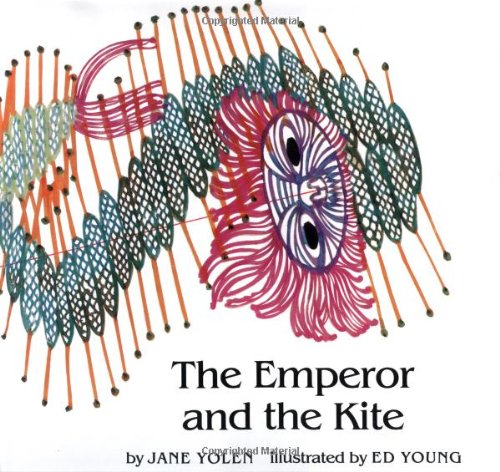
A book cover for The Emperor and the Kite; Jane Yolen; Children's Books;